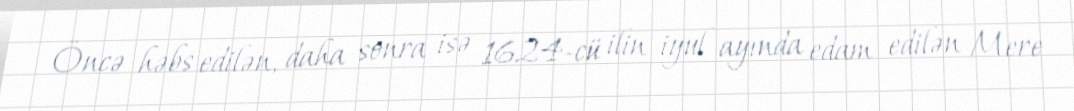
Öncə həbs edilən, daha sonra isə 1624-cü ilin iyul ayında edam edilən Mere